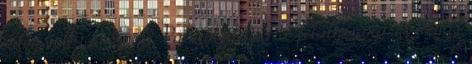
"Elég volt ránézni a Patriots támadó felállására, és máris